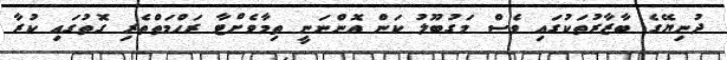
ދުނިޔޭގެ ބާޒާރުތަކުގައި ވެސް މަގުބޫލު ކަން އޮންނަނީ ތިމާވެށްޓާ ރަހްމަތްތެރި ގޮތުގައި ކުރާ